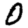
Digit: 0